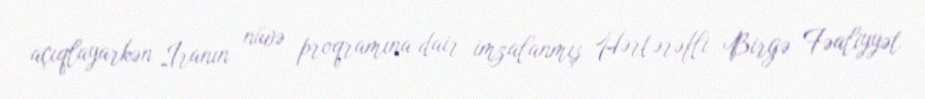
açıqlayarkən İranın nüvə proqramına dair imzalanmış Hərtərəfli Birgə Fəaliyyət